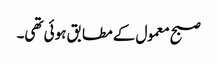
صبح معمول کے مطابق ہوئی تھی۔